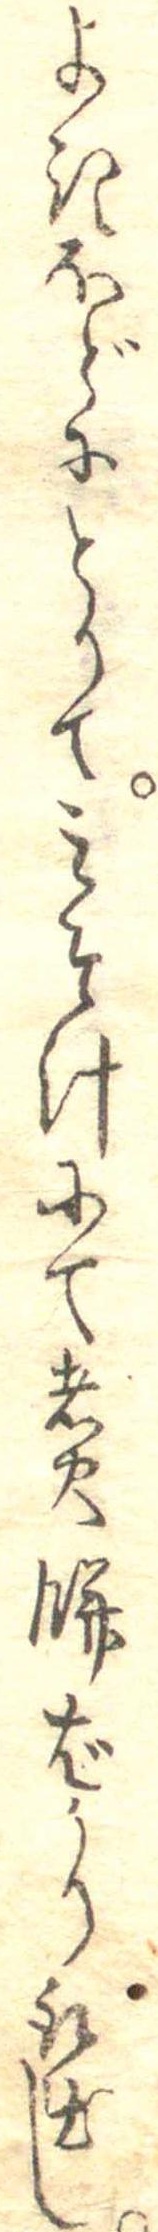
よきほどにとりてみそ汁にて煮餅ばかり取出し